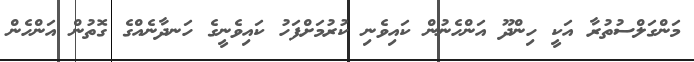
މަންގަލްސުތުރާ އަކީ ހިންދޫ އަންހެނުން ކައިވެނި ކުރުމަށްފަހު ކައިވެނީގެ ހަނދާނެއްގެ ގޮތުން އަންހެން